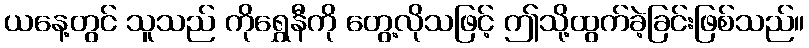
ယနေ့တွင် သူသည် ကိုရွှေနီကို တွေ့လိုသဖြင့် ဤသို့ထွက်ခဲ့ခြင်းဖြစ်သည်။